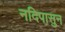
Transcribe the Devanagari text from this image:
नदिपासुन